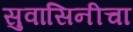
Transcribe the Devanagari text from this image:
सुवासिनीचा